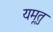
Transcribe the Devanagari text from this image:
यमूतु